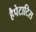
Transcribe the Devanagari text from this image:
हैपेटाटिस